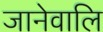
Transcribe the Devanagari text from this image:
जानेवालि